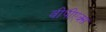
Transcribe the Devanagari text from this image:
वीपीएक्स